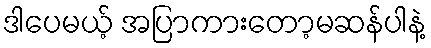
ဒါပေမယ့် အပြာကားတော့မဆန်ပါနဲ့